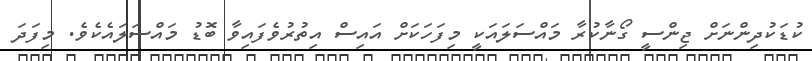
ކުޑަކުދިންނަށް ޖިންސީ ގޯނާކުރާ މައްސަލައަކީ މިފަހަކަށް އައިސް އިތުރުވެފައިވާ ބޮޑު މައްސަލައެކެވެ. މިފަދަ